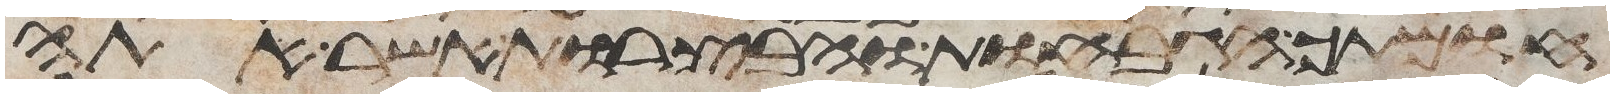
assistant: חומתך הגבחות והבצרות אשר אתה